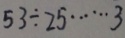
5 3 \div 2 5 \cdots 3